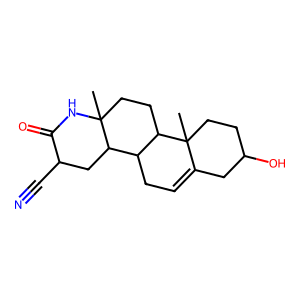
SMILES: CC12CCC3C(CC=C4CC(O)CCC43C)C1CC(C#N)C(=O)N2
Inhibits HIV replication: No